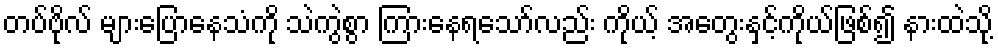
တပ်ဗိုလ် များပြောနေသံကို သဲကွဲစွာ ကြားနေရသော်လည်း ကိုယ့် အတွေးနှင့်ကိုယ်ဖြစ်၍ နားထဲသို့